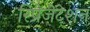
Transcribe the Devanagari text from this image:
रिप्रेज़ेंटेशन